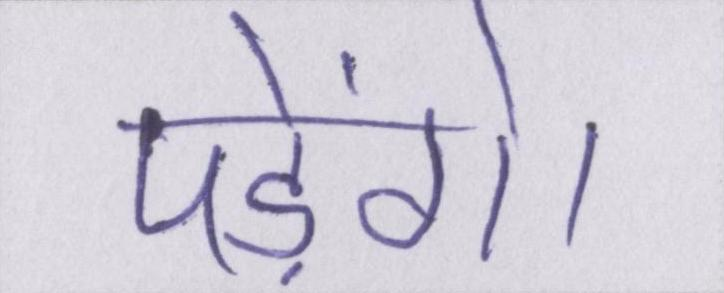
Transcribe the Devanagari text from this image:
पड़ेंगे।